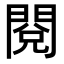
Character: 閱